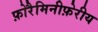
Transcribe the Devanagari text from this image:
फ़ोरैमिनीफ़ेरीय